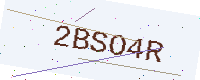
Text: 2BSO4R